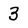
Character: 3